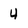
Character: 4